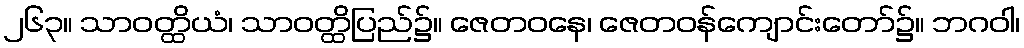
၂၆၃။ သာဝတ္ထိယံ၊ သာဝတ္ထိပြည်၌။ ဇေတဝနေ၊ ဇေတဝန်ကျောင်းတော်၌။ ဘဂဝါ၊